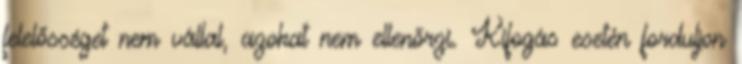
felelősséget nem vállal, azokat nem ellenőrzi. Kifogás esetén forduljon